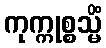
ကုက္ကုစ္စသ္မိံ